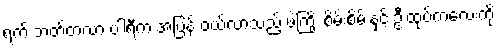
ရက် ဘတ်တလာ ပါရီက အပြန် ဝယ်လာသည့် ဖဲကြိုး စိမ်းစိမ်းနှင့် ဦးထုပ်ကလေးကို